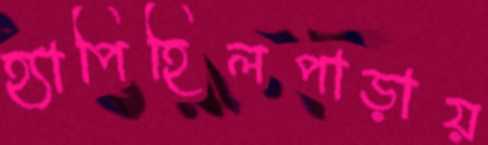
হ্যাপিহিলপাড়ায়